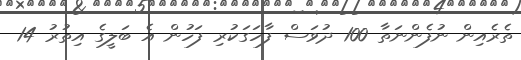
ތެރެއިން ނުފެންނަތާ 100 ދުވަސް ފާހަގަކުރި ފަހުން އެ ބަލީގެ އިތުރު 14